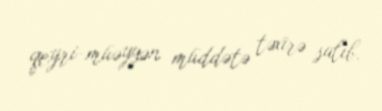
qeyri-müəyyən müddətə təxirə salıb.